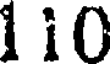
110